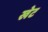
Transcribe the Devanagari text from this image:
खेट